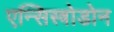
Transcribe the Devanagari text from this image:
एन्सिस्त्रोडोन